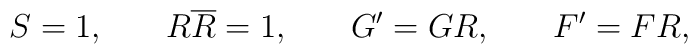
S=1,\hspace{0.3in}R\overline{R}=1,\hspace{0.3in}G^{\prime}=GR,\hspace{0.3in}F^{\prime }=FR,